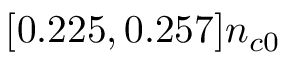
[ 0 . 2 2 5 , 0 . 2 5 7 ] n _ { c 0 }